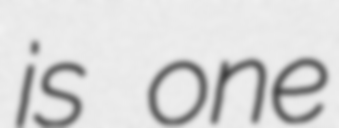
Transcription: is one